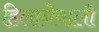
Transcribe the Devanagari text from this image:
हिलानेवाली